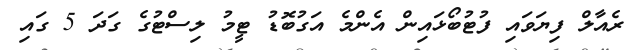
ރެއާލް ފިޔަވައި ފުޓުބޯޅައިން އެންމެ އަގުބޮޑު ޓީމު ލިސްޓުގެ ގަދަ 5 ގައި